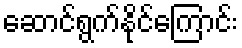
ဆောင်ရွက်နိုင်ကြောင်း